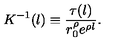
K ^ { - 1 } ( l ) \equiv \frac { \tau ( l ) } { r _ { 0 } ^ { \rho } e ^ { \rho l } } .